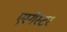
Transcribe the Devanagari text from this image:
एस्गैस्टर